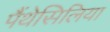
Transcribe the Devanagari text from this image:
पैंथेसिलिया